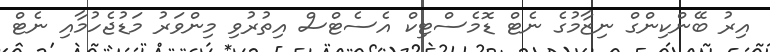
އިރު ބޭންކިންގް ނިޒާމުގެ ނެޓް ޑޮމެސްޓިކް އެސެޓްސް އިތުރުވި މިންވަރު މަޑުޖެހުމާއި ނެޓް